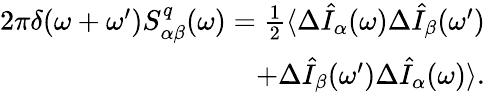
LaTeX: \begin{array}{r}{2\pi\delta(\omega+\omega^{\prime})S_{\alpha\beta}^{q}(\omega)=\frac{1}{2}\langle\Delta\hat{I}_{\alpha}(\omega)\Delta\hat{I}_{\beta}(\omega^{\prime})}\\ {+\Delta\hat{I}_{\beta}(\omega^{\prime})\Delta\hat{I}_{\alpha}(\omega)\rangle.}\end{array}